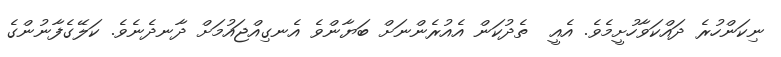
ނިކަންހުރެ ދައްކަވާހުށީމެވެ. އެއީ  ތެދުކަން އެއުރެންނަށް ބަޔާންވެ އެނގިއްޖައުމަށް ދާނދެނެވެ. ކަލޭގެފާނުންގެ